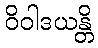
ဝိဝါဒယန္တိ